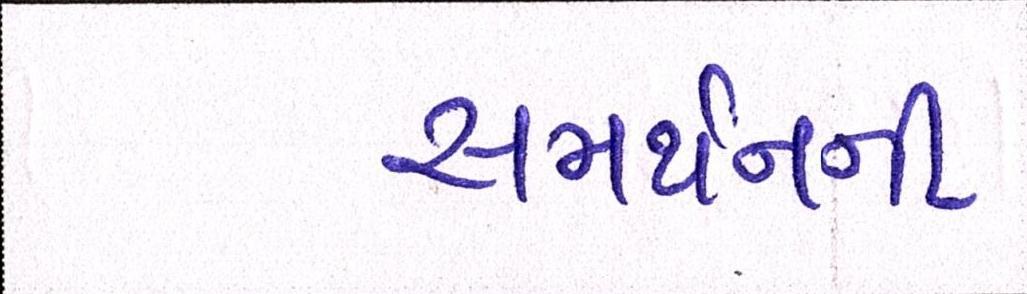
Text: સમર્થનની